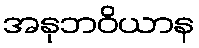
အနုဘဝိယာန